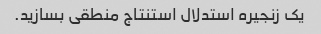
یک زنجیره استدلال استنتاج منطقی بسازید.